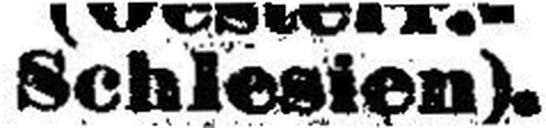
Schlesien).